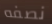
نصفه